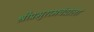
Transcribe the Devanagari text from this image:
श्रीप्रभुरामचंद्राला